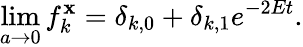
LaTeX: \operatorname*{lim}_{a\to0}f_{k}^{\mathbf{x}}=\delta_{k,0}+\delta_{k,1}e^{-2Et}.